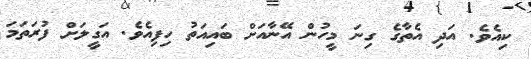
ކިއެވެ. އަދި އެތާގެ ގިނަ މީހުން އޭނާއަށް ބައިއަތު ހިފިއެވެ. އަގީލަށް ފުރަތަމަ